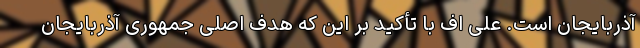
آذربایجان است. علی اف با تأکید بر این که هدف اصلی جمهوری آذربایجان